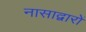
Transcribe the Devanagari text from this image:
नासाद्वारों